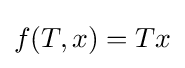
f(T,x)=Tx